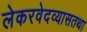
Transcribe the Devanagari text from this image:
लेकरवेदव्यासतथा